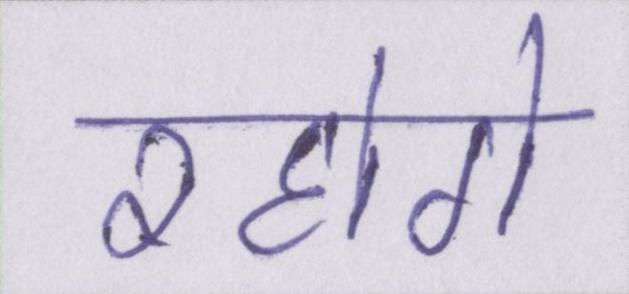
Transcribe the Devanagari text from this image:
रहोगे